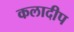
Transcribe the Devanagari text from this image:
कलादीप